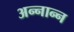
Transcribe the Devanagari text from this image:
अन्नान्न